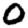
Digit: 0